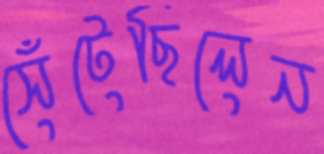
সেঁটেছিলেন